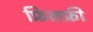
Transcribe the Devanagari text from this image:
फ्रिलफ्री